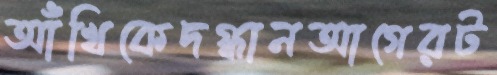
আঁখিকেদগ্ধানআগেরট